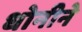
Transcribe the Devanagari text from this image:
धोनीने